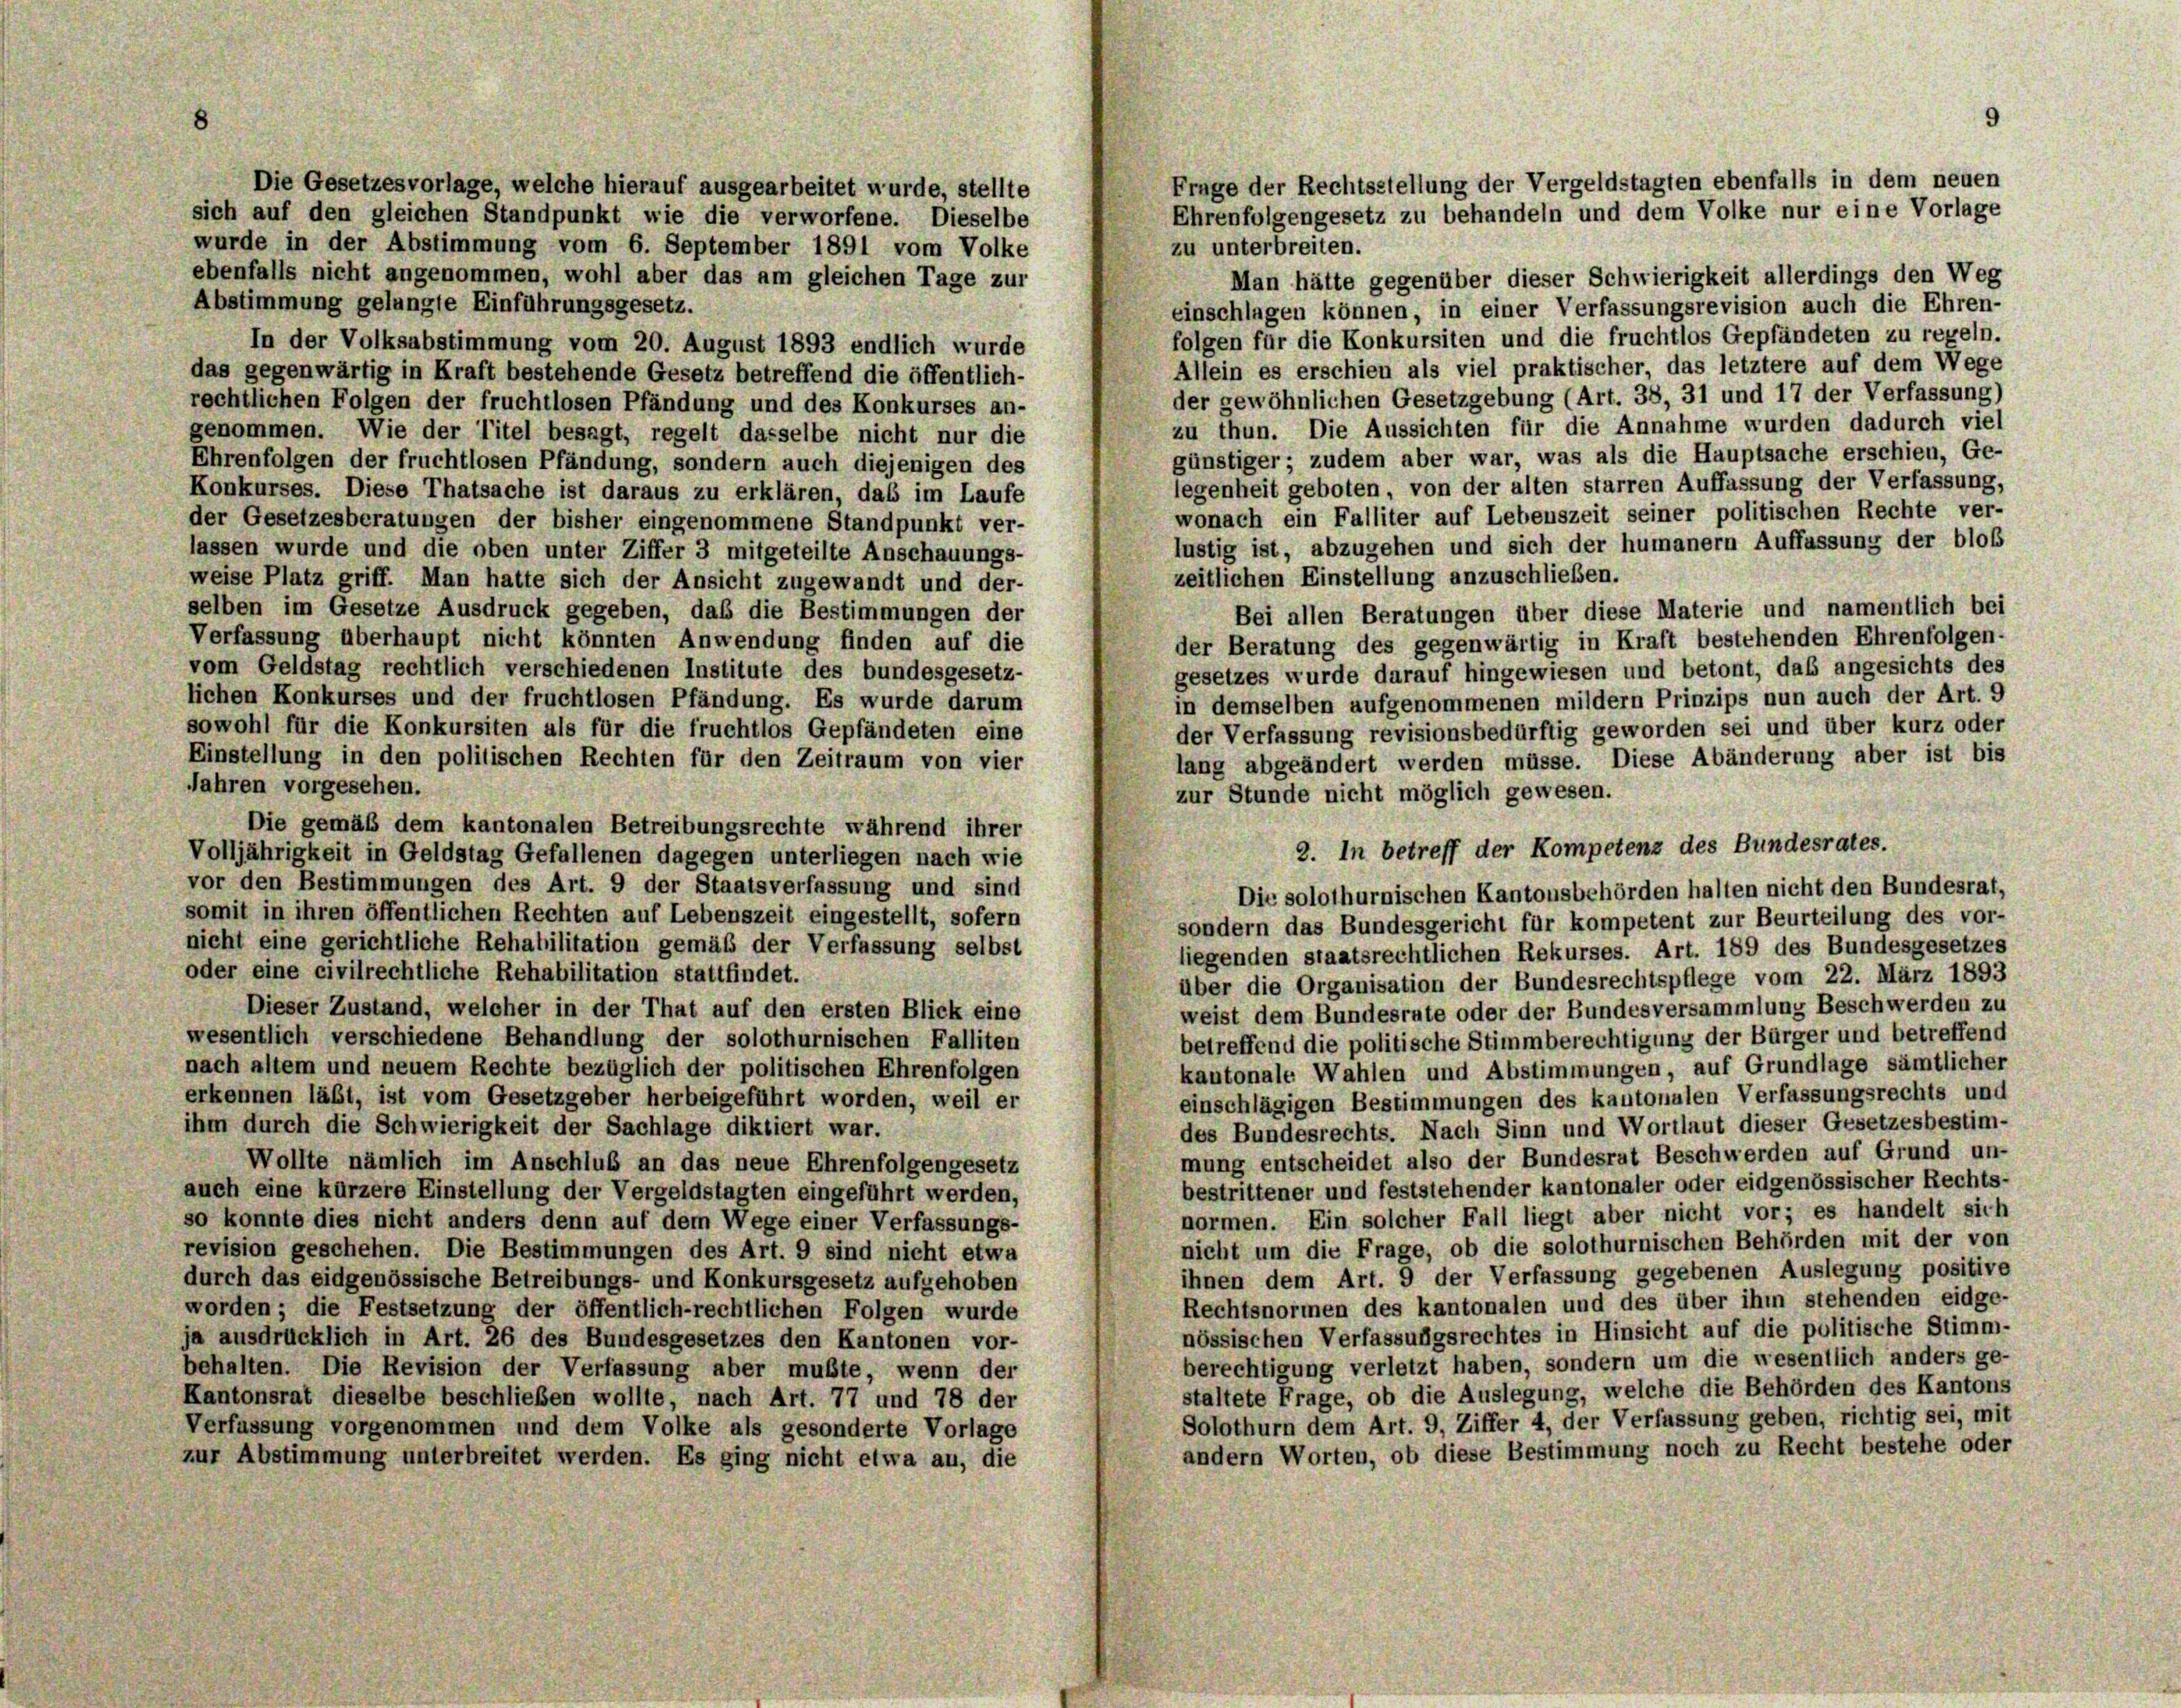
9
Frage der Rechtsstellung der Vergeldstagten ebenfalls in dem neuen
Ehrenfolgengesetz zu behandeln und dem Volke nur eine Vorlage

Die Gesetzesvorlage, welche hierauf ausgearbeitet wurde, stellte
sich auf den gleichen Standpunkt wie die verworfene. Dieselbe
wurde in der Abstimmung vom 6. September 1891 vom Volke
zu unterbreiten.
ebenfalls nicht angenommen, wohl aber das am gleichen Tage zur
Man hätte gegenüber dieser Schwierigkeit allerdings den Weg
Abstimmung gelangte Einführungsgesetz.
einschlagen können, in einer Verfassungsrevision auch die Ehren-
folgen für die Konkursiten und die fruchtlos Gepfändeten zu regeln.
In der Volksabstimmung vom 20. August 1893 endlich wurde
Allein es erschien als viel praktischer, das letztere auf dem Wege
das gegenwärtig in Kraft bestehende Gesetz betreffend die öffentlich-
der gewöhnlichen Gesetzgebung (Art. 38, 31 und 17 der Verfassung)
rechtlichen Folgen der fruchtlosen Pfändung und des Konkurses an-
zu thun. Die Aussichten für die Annahme wurden dadurch viel
genommen. Wie der Titel besagt, regelt dasselbe nicht nur die
günstiger; zudem aber war, was als die Hauptsache erschien, Ge-
Ehrenfolgen der fruchtlosen Pfändung, sondern auch diejenigen des
legenheit geboten, von der alten starren Auffassung der Verfassung,
Konkurses. Diese Thatsache ist daraus zu erklären, daß im Laufe
wonach ein Falliter auf Lebenszeit seiner politischen Rechte ver-
der Gesetzesberatungen der bisher eingenommene Standpunkt ver-
lustig ist, abzugehen und sich der humanern Auffassung der bloß
lassen wurde und die oben unter Ziffer 3 mitgeteilte Anschauungs-
zeitlichen Einstellung anzuschließen.
weise Platz griff. Man hatte sich der Ansicht zugewandt und der-
selben im Gesetze Ausdruck gegeben, daß die Bestimmungen der
Bei allen Beratungen über diese Materie und namentlich bei
Verfassung überhaupt nicht könnten Anwendung finden auf die
der Beratung des gegenwärtig in Kraft bestehenden Ehrenfolgen-
vom Geldstag rechtlich verschiedenen Institute des bundesgesetz-
gesetzes wurde darauf hingewiesen und betont, das angesichts des
lichen Konkurses und der fruchtlosen Pfändung. Es wurde darum
in demselben aufgenommenen mildern Prinzips nun auch der Art. 9
sowohl für die Konkursiten als für die fruchtlos Gepfändeten eine
der Verfassung revisionsbedürftig geworden sei und über kurz oder
Einstellung in den politischen Rechten für den Zeitraum von vier
lang abgeändert werden müsse. Diese Abänderung aber ist bis
Jahren vorgesehen.
zur Stunde nicht möglich gewesen.
Die gemäß dem kantonalen Betreibungsrechte während ihrer
2. In betreff der Kompetenz des Bundesrates.
Volljährigkeit in Geldstag Gefallenen dagegen unterliegen nach wie
vor den Bestimmungen des Art. 9 der Staatsverfassung und sind
Die solothurnischen Kantonsbehörden halten nicht den Bundesrat,
somit in ihren öffentlichen Rechten auf Lebenszeit eingestellt, sofern
sondern das Bundesgericht für kompetent zur Beurteilung des vor-
nicht eine gerichtliche Rehabilitation gemäß der Verfassung selbst
liegenden staatsrechtlichen Rekurses. Art. 189 des Bundesgesetzes
oder eine civilrechtliche Rehabilitation stattfindet.
über die Organisation der Bundesrechtspflege vom 22. März 1893
Dieser Zustand, welcher in der That auf den ersten Blick eine
weist dem Bundesrute oder der Bundesversammlung Beschwerden zu
wesentlich verschiedene Behandlung der solothurnischen Falliten
betreffend die politische Stimmberechtigung der Bürger und betreffend
nach altem und neuem Rechte bezüglich der politischen Ehrenfolgen
kantonale Wahlen und Abstimmungen, auf Grundlage sämtlicher
erkennen läßt, ist vom Gesetzgeber herbeigeführt worden, weil er
einschlägigen Bestimmungen des kantonalen Verfassungsrechts und
ihm durch die Schwierigkeit der Sachlage diktiert war.
des Bundesrechts. Nach Sinn und Wortlaut dieser Gesetzesbestim-
mung entscheidet also der Bundesrat Beschwerden auf Grund un-
Wollte nämlich im Anschluß an das neue Ehrenfolgengesetz
bestrittener und feststehender kantonaler oder eidgenössischer Rechts-
auch eine kürzere Einstellung der Vergeldstagten eingeführt werden,
normen. Ein solcher Fall liegt aber nicht vor; es handelt sich
so konnte dies nicht anders denn auf dem Wege einer Verfassungs-
nicht um die Frage, ob die solothurnischen Behörden mit der von
revision geschehen. Die Bestimmungen des Art. 9 sind nicht etwa
ihnen dem Art. 9 der Verfassung gegebenen Auslegung positive
durch das eidgenössische Betreibungs- und Konkursgesetz aufgehoben
Rechtsnormen des kantonalen und des über ihm stehenden eidge-
worden; die Festsetzung der öffentlich-rechtlichen Folgen wurde
nössischen Verfassungsrechtes in Hinsicht auf die politische Stimm-
ja ausdrücklich in Art. 26 des Bundesgesetzes den Kantonen vor-
berechtigung verletzt haben, sondern um die wesentlich anders ge-
behalten. Die Revision der Verfassung aber mußte, wenn der
staltete Frage, ob die Auslegung, welche die Behörden des Kantons
Kantonsrat dieselbe beschließen wollte, nach Art. 77 und 78 der
Solothurn dem Art. 9, Ziffer 4, der Verfassung geben, richtig sei, mit
Verfassung vorgenommen und dem Volke als gesonderte Vorlage
andern Worten, ob diese Bestimmung noch zu Recht bestehe oder
zur Abstimmung unterbreitet werden. Es ging nicht etwa au, die